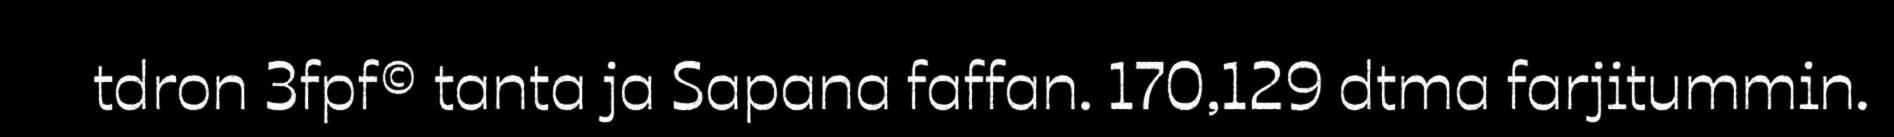
tdron 3fpf© tanta ja Sapana faffan. 170,129 dtma farjitummin.